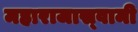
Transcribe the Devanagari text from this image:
महाराजास्‍वामी